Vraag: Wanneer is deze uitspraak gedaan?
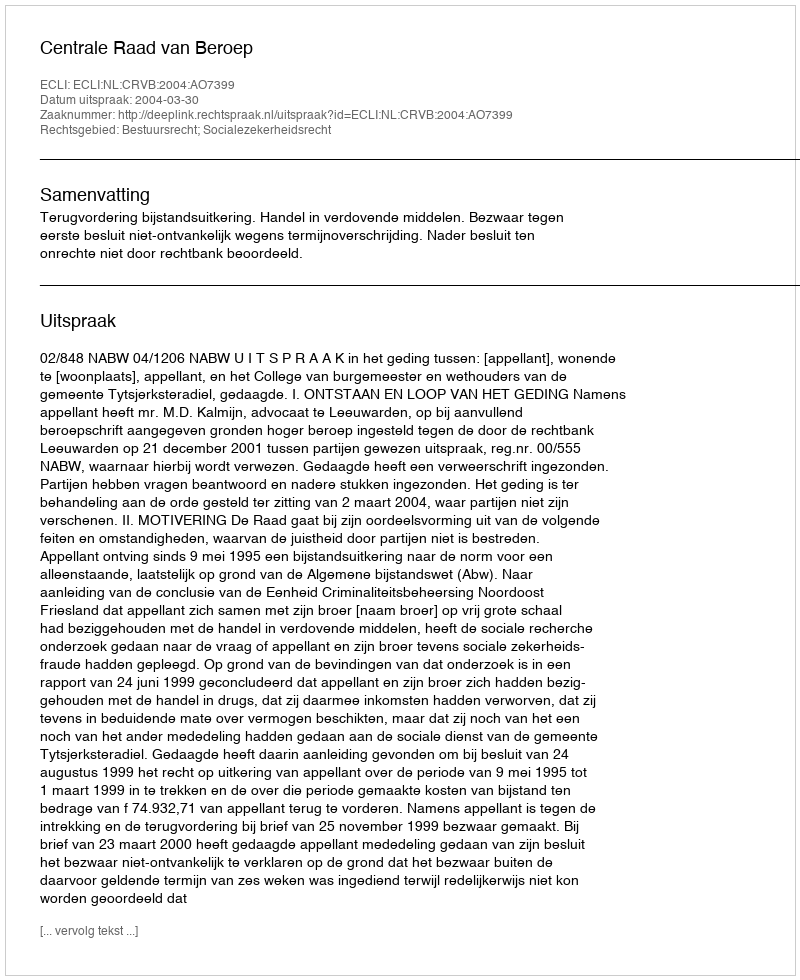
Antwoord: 2004-03-30